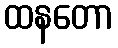
ထနတော